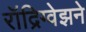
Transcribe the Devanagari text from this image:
रॉद्रिग्वेझने